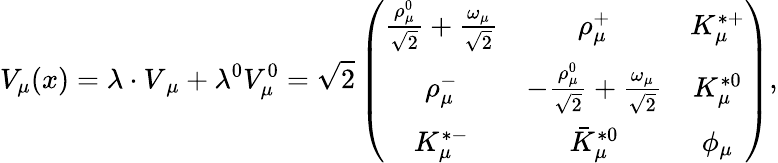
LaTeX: V_{\mu}(x)={\mathbf\lambda\cdot V}_{\mu}+\lambda^{0}V_{\mu}^{0}=\sqrt{2}\left(\begin{array}{ccc}{{\frac{\rho_{\mu}^{0}}{\sqrt{2}}+\frac{\omega_{\mu}}{\sqrt{2}}}}&{{\rho_{\mu}^{+}}}&{{K_{\mu}^{*+}}}\\ {{\rho_{\mu}^{-}}}&{{-\frac{\rho_{\mu}^{0}}{\sqrt{2}}+\frac{\omega_{\mu}}{\sqrt{2}}}}&{{K_{\mu}^{*0}}}\\ {{K_{\mu}^{*-}}}&{{\bar{K}_{\mu}^{*0}}}&{{\phi_{\mu}}}\end{array}\right),